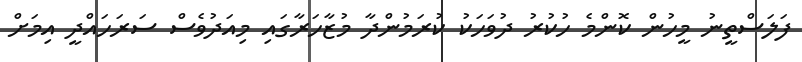
ފަލަސްތީނު މީހުން ކޮންމެ ހުކުރު ދުވަހަކު ކުރަމުންދާ މުޒާހަރާގައި މިއަދުވެސް ސަރަހައްދީ އިމަށް